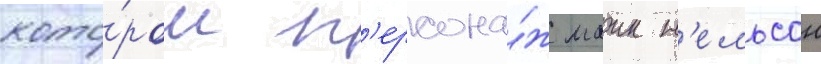
кото́ром п'ерсона́ж маик н'ельсон